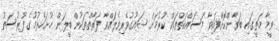
ވީމާ މަތީގައި ބަޔާންކޮށްފައިވާ މަސައްކަތްތައް ކުރުމަށް ޝައުގުވެރިވެލައްވާ ފަރާތްތަކުން ބީލަން ހުށަހެޅުމުގެ ފުރުސަތު